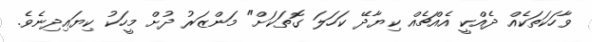
ވާހަކަތަކެއް ދެއްކީ އެއްޗެއް ކިޔާދޭ ކަހަލަ ގޮތަކަށް" މަންޒަރު ދުށް މީހަކު ކިޔައިދިނެވެ.